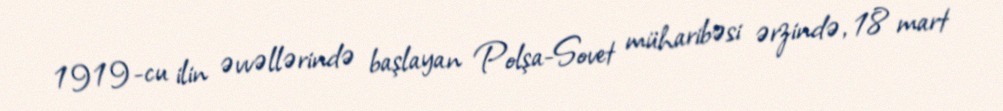
1919-cu ilin əvvəllərində başlayan Polşa-Sovet müharibəsi ərzində, 18 mart